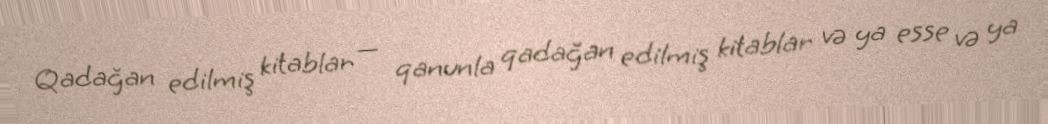
Qadağan edilmiş kitablar — qanunla qadağan edilmiş kitablar və ya esse və ya